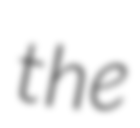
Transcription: the